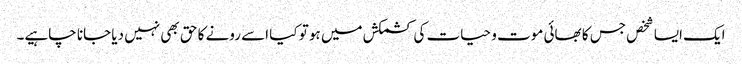
ایک ایسا شخص جس کا بھائی موت و حیات کی کشمکش میں ہو تو کیا اسے رونے کا حق بھی نہیں دیا جانا چاہیے۔